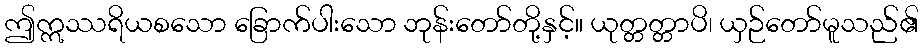
ဤဣဿရိယစသော ခြောက်ပါးသော ဘုန်းတော်တို့နှင့်။ ယုတ္တတ္တာပိ၊ ယှဉ်တော်မူသည်၏